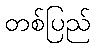
တစ်ပြည်